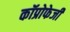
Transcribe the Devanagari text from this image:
कॉप्रोफेजी